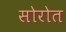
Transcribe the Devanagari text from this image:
सोरोत